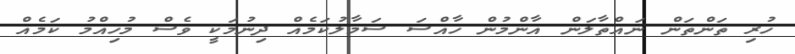
ހުރި ތަންތަން ނައްތާލަން އާންމުން ހާއްސަ ސަމާލުކަމެއް ދިނުމަކީ ވެސް މުހިއްމު ކަމެއް